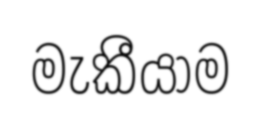
මැකීයාම